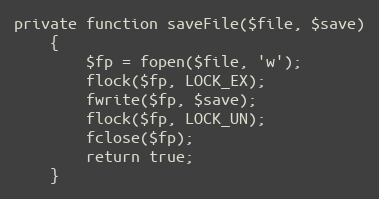
Language: PHP
private function saveFile($file, $save)
	{
		$fp = fopen($file, 'w');
		flock($fp, LOCK_EX);
		fwrite($fp, $save);
		flock($fp, LOCK_UN);
		fclose($fp);
		return true;
	}